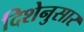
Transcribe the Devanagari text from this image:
दिशेनुसार